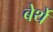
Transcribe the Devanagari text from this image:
बेर्थे